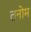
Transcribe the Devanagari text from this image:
तनोम